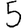
Digit: 5